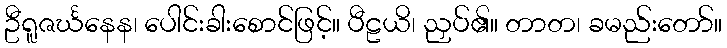
ဦရူဇင်္ဃနေန၊ ပေါင်းခါးစောင်ဖြင့်။ ပီဠယိ၊ ညှပ်၏။ တာတ၊ ခမည်းတော်။